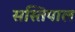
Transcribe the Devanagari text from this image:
सस्तिपाल